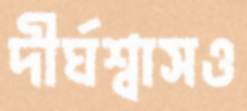
দীর্ঘশ্বাসও